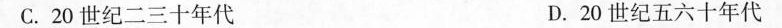
C.20世纪二三十年代 D.20世纪五六十年代